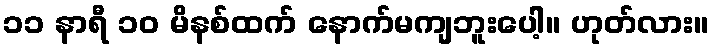
၁၁ နာရီ ၁၀ မိနစ်ထက် နောက်မကျဘူးပေါ့။ ဟုတ်လား။